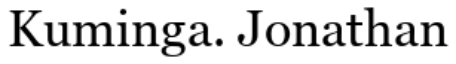
Kuminga. Jonathan